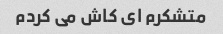
متشکرم ای کاش می کردم